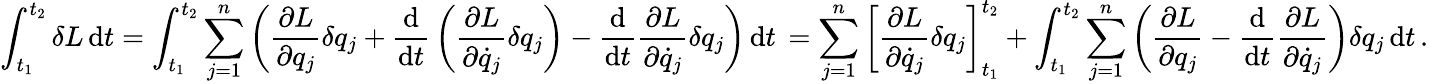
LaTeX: \int_{t_{1}}^{t_{2}}\delta L\, \mathrm{d}t=\int_{t_{1}}^{t_{2}}\sum_{j=1}^{n}\left({\frac{\partial L}{\partial q_{j}}}\delta q_{j}+{\frac{\mathrm{d}}{\mathrm{d}t}}\left({\frac{\partial L}{\partial{\dot{q}}_{j}}}\delta q_{j}\right)-{\frac{\mathrm{d}}{\mathrm{d}t}}{\frac{\partial L}{\partial{\dot{q}}_{j}}}\delta q_{j}\right)\, \mathrm{d}t\, =\sum_{j=1}^{n}\left[{\frac{\partial L}{\partial{\dot{q}}_{j}}}\delta q_{j}\right]_{t_{1}}^{t_{2}}+\int_{t_{1}}^{t_{2}}\sum_{j=1}^{n}\left({\frac{\partial L}{\partial q_{j}}}-{\frac{\mathrm{d}}{\mathrm{d}t}}{\frac{\partial L}{\partial{\dot{q}}_{j}}}\right)\delta q_{j}\, \mathrm{d}t\, .